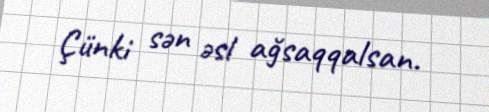
Çünki sən əsl ağsaqqalsan.